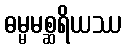
ဓမ္မမစ္ဆရိယဿ